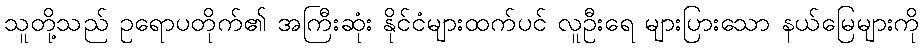
သူတို့သည် ဥရောပတိုက်၏ အကြီးဆုံး နိုင်ငံများထက်ပင် လူဦးရေ များပြားသော နယ်မြေများကို